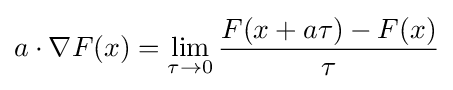
a\cdot \nabla F(x)=\lim _{\tau \rightarrow 0}{\frac {F(x+a\tau )-F(x)}{\tau }}